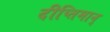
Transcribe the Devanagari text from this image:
दीप्तिमान्